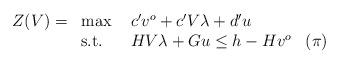
LaTeX: \begin{align*}\begin{array}{llll}Z(V) = & \max \ & c'v^o + c'V \lambda + d'u & \\& \mbox{s.t.} \ & H V \lambda + G u \leq h - H v^o & (\pi)\end{array}\end{align*}